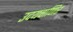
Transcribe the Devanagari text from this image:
उदयवाणिर